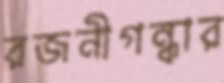
রজনীগন্ধার